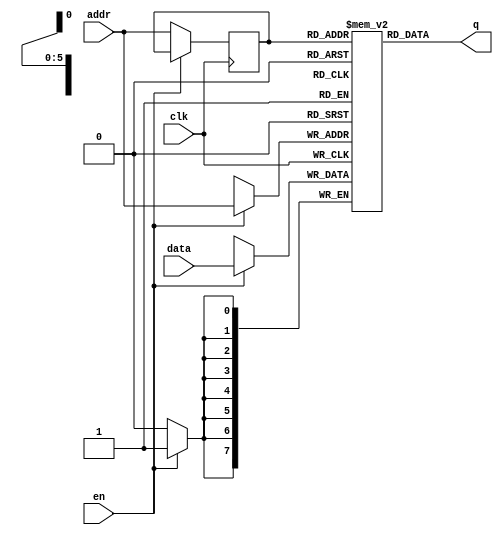
module single_port_ram
#(parameter addr_width = 6,
parameter data_width = 8,
parameter depth = 64)
                (
                input [data_width-1:0] data,  //this is input data
				input [addr_width-1:0] addr,  //address
				input en,clk,                 //en is read and write control,high is write, low is read
				output [data_width-1:0] q     //q is outptut data
				);
				

//Declare RAM variable
reg [data_width-1:0] ram [depth-1:0];

//address register
reg [addr_width-1:0] addr_reg;

always @(posedge clk)
begin
if(en)                     //if en=1 write data into RAM
     ram[addr] <=data; 
	 else                  //if en=0 then read data out
	     addr_reg <=addr;  //gets address value from outisde of module
end
assign q= ram[addr_reg];  //read data to q

endmodule